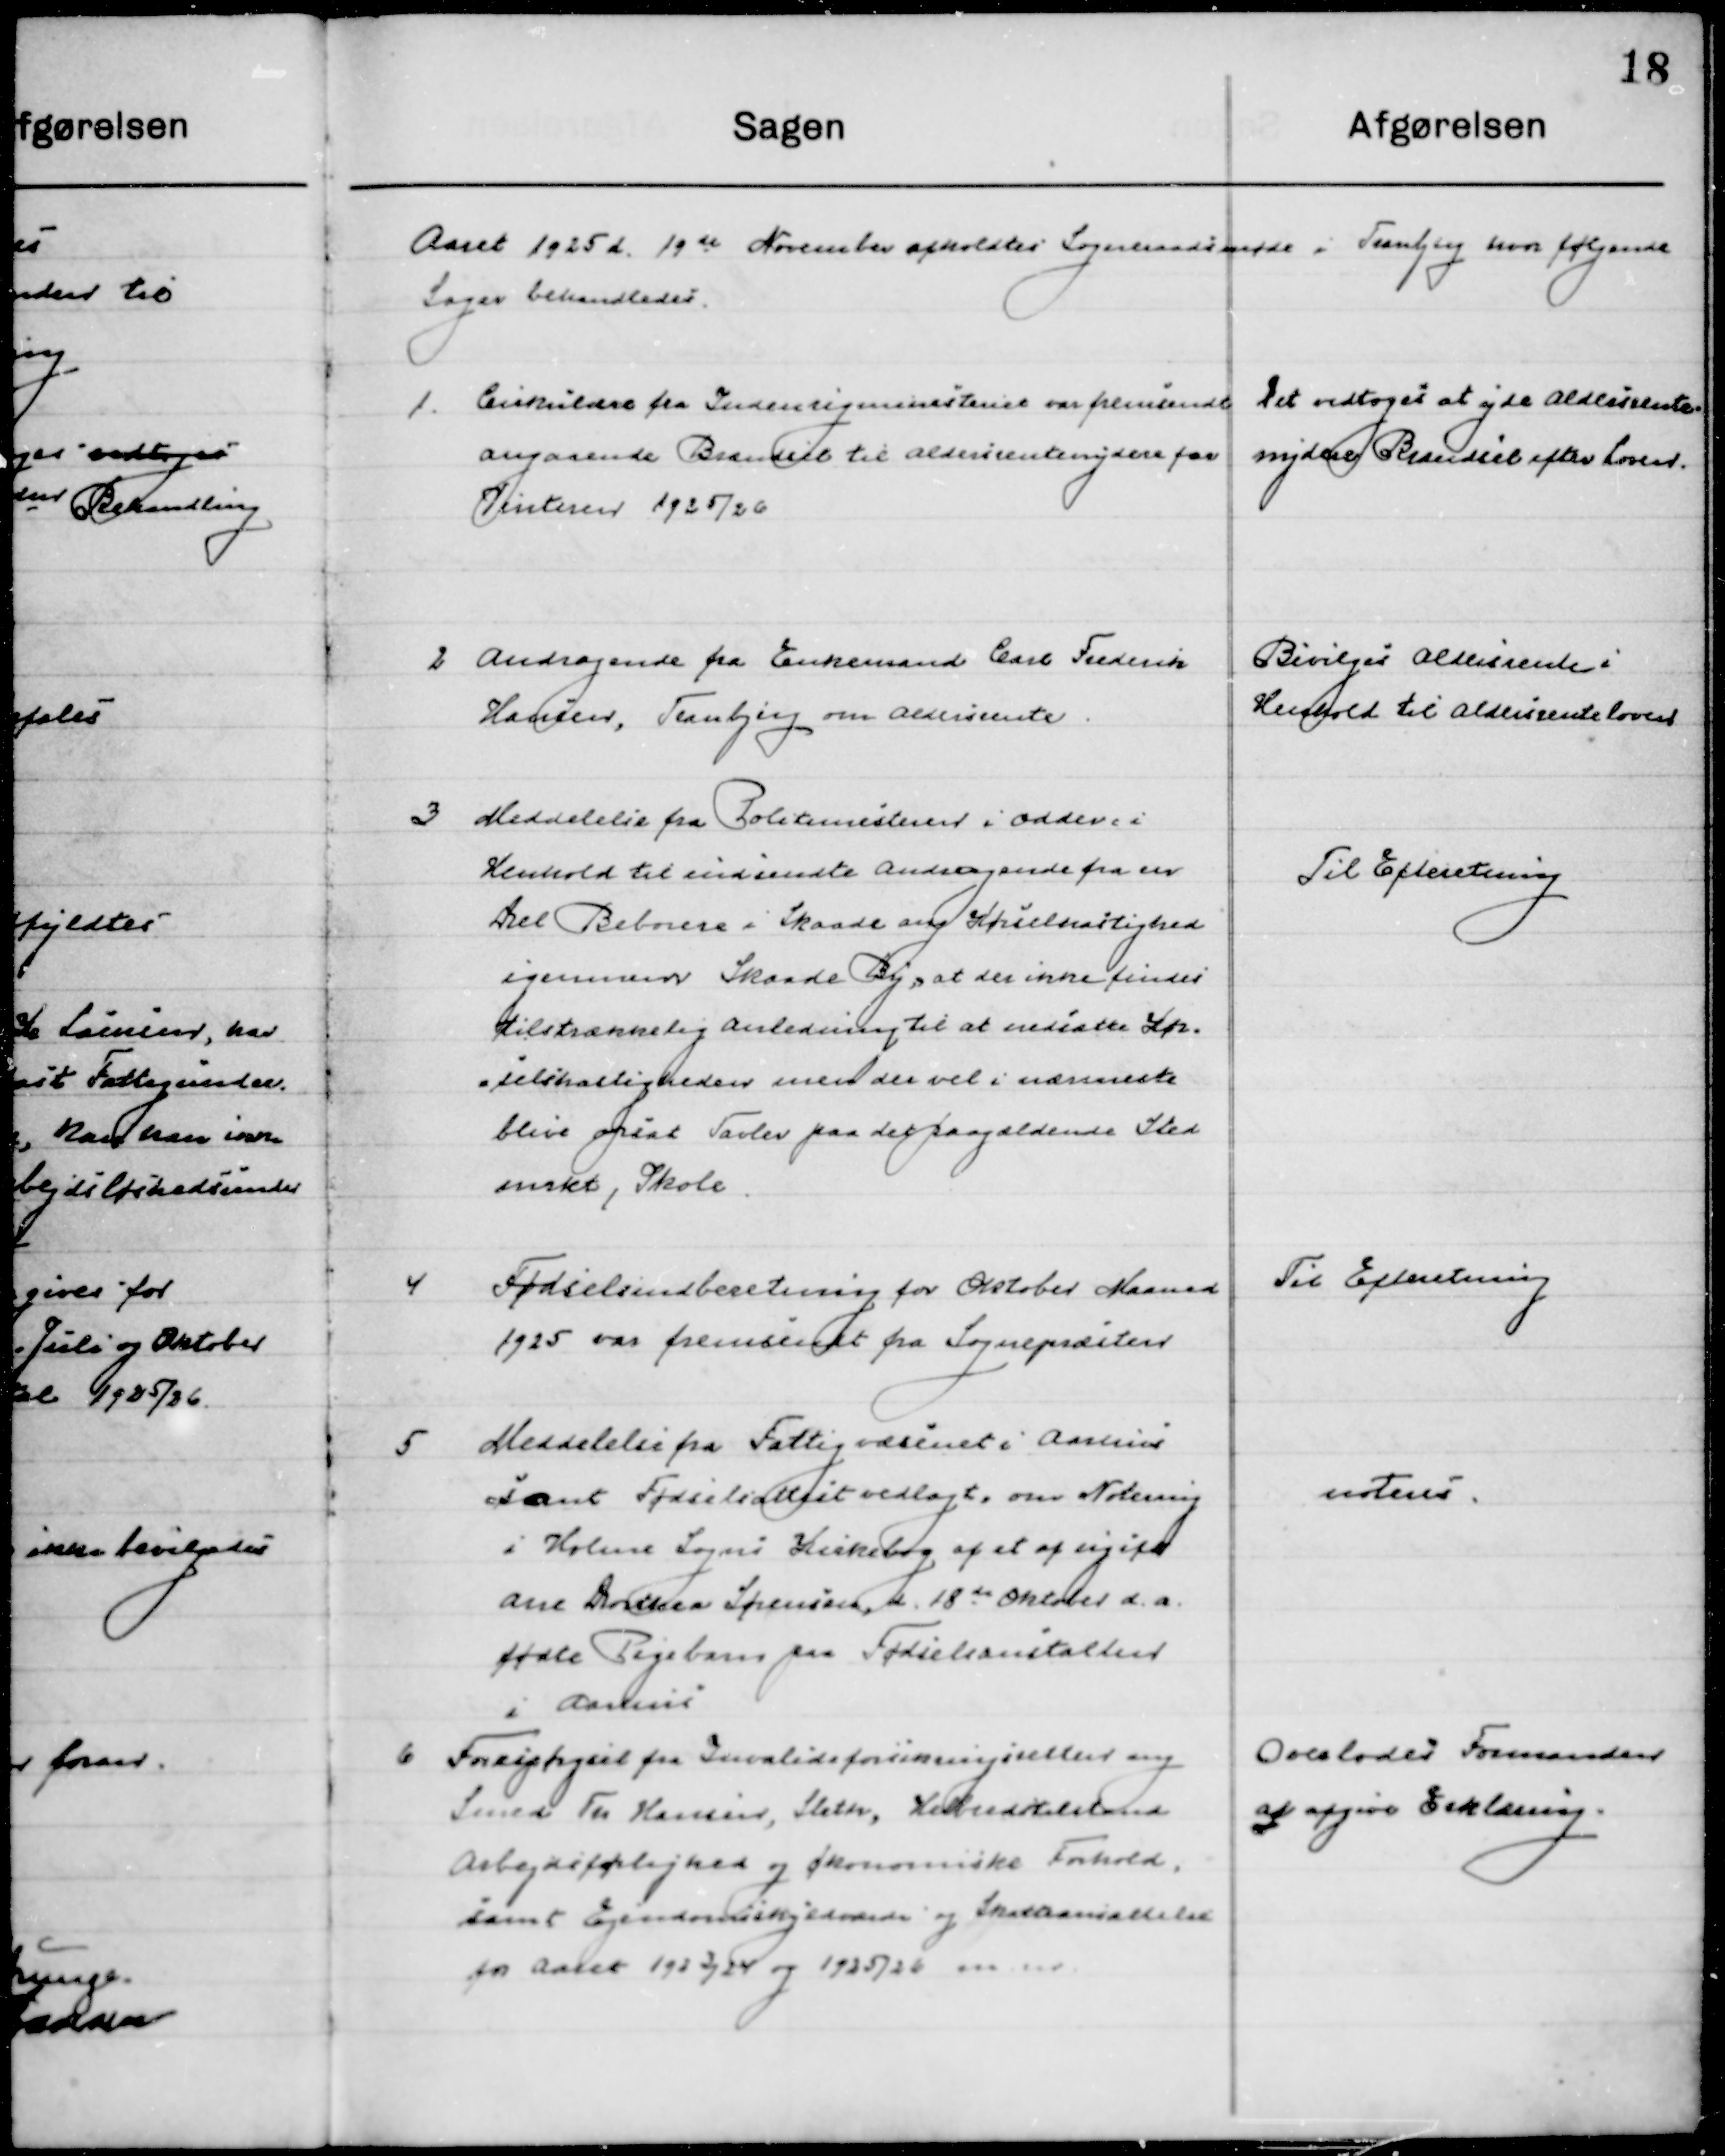
Transskription:
Aaret 1925 d. 19de November  afholdtes  Sogneraadsmøde i Tranbjerg hvor følgende 
Sager behandledes.

1

Cirkulærer fra Indenrigsministeriet var fremsendt
Angaaende Brændsel til Aldersrentenydere fra
Vinteren 1925/26

Det vedtoges at yde Aldersrente-
nydere Brændsel efter Loven.

2

Andragende fra Enkemand Carl Frederik
Hansen, Tranbjerg om Aldersrente.

Bevilges Aldersrente i
Henhold til Aldersrenteloen

3

Meddelelse fra Politimesteren i Odder i
Henhold til indsendte Andragende fra en
Del Beboere i Skaade ang. Kørselshastighed 
igennem Skaade By, at der ikke findes
tilstrækkelig Anledning til at nedsætte Kør-
selshastigheden men der vil i nærmeste
blive opsat Tavler paa det paagældende Sted 
ønskt, Skole

Til Efterretning

4

Fødselsindberetning for Oktober Maaned
1925 var fremsendt fra Sognepræsten.

Til Efterretning

5

Meddelelse fra Fattigvæsenet i Aarhus
Samt Fødselsattest vedlagt, om Notering
I Holme Sogns Kirkebog af at af ugift
Ane Dorthea Sørensen, d. 18de Oktober d. a.
fødte Pigebarn paa Fødselsanstalten 	
i Aarhus.

Noteres

6

Forespørgsel fra Invalideforsikringsceller ang.
Smed Fu. Hansen, Sleth, Helbredstilstand
Arbejdsførlighed og Økonomiske forhold
Samt Ejendomsskyldsværdi og Skatteansættelse
for Aaret 1923/24 og 1925/26 m.m.

Overlodes Formanden
at afgive Erklæring